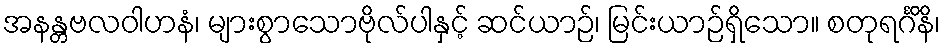
အနန္တဗလဝါဟနံ၊ များစွာသောဗိုလ်ပါနှင့် ဆင်ယာဉ်၊ မြင်းယာဉ်ရှိသော။ စတုရင်္ဂိနိ၊